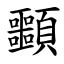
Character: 䫷